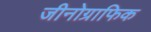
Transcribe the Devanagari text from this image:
जीनोग्राफिक